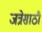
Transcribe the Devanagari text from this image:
जत्रेसाठी